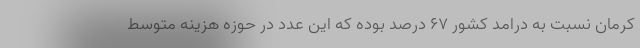
کرمان نسبت به درامد کشور ۶۷ درصد بوده که این عدد در حوزه هزینه متوسط